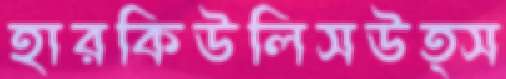
হারকিউলিসউত্স